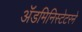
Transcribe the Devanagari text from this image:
ॲडमिनिस्टेटरने